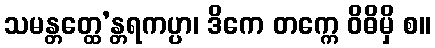
သမန္တတ္ထေ’န္တရကပ္ပာ၊ ဒိကေ တက္ကေ ဝိဓိမှိ စ။